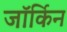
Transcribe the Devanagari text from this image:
जॉर्किन